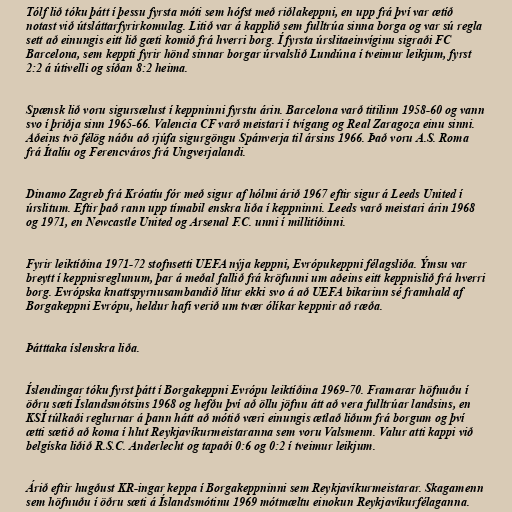
Tólf lið tóku þátt í þessu fyrsta móti sem hófst með riðlakeppni, en upp frá því var ætíð
notast við útsláttarfyrirkomulag. Litið var á kapplið sem fulltrúa sinna borga og var sú regla
sett að einungis eitt lið gæti komið frá hverri borg. Í fyrsta úrslitaeinvíginu sigraði FC
Barcelona, sem keppti fyrir hönd sinnar borgar úrvalslið Lundúna í tveimur leikjum, fyrst
2:2 á útivelli og síðan 8:2 heima.

Spænsk lið voru sigursælust í keppninni fyrstu árin. Barcelona varð titilinn 1958-60 og vann
svo í þriðja sinn 1965-66. Valencia CF varð meistari í tvígang og Real Zaragoza einu sinni.
Aðeins tvö félög náðu að rjúfa sigurgöngu Spánverja til ársins 1966. Það voru A.S. Roma
frá Ítalíu og Ferencváros frá Ungverjalandi.

Dinamo Zagreb frá Króatíu fór með sigur af hólmi árið 1967 eftir sigur á Leeds United í
úrslitum. Eftir það rann upp tímabil enskra liða í keppninni. Leeds varð meistari árin 1968
og 1971, en Newcastle United og Arsenal F.C. unni í millitíðinni.

Fyrir leiktíðina 1971-72 stofnsetti UEFA nýja keppni, Evrópukeppni félagsliða. Ýmsu var
breytt í keppnisreglunum, þar á meðal fallið frá kröfunni um aðeins eitt keppnislið frá hverri
borg. Evrópska knattspyrnusambandið lítur ekki svo á að UEFA bikarinn sé framhald af
Borgakeppni Evrópu, heldur hafi verið um tvær ólíkar keppnir að ræða.

Þátttaka íslenskra liða.

Íslendingar tóku fyrst þátt í Borgakeppni Evrópu leiktíðina 1969-70. Framarar höfnuðu í
öðru sæti Íslandsmótsins 1968 og hefðu því að öllu jöfnu átt að vera fulltrúar landsins, en
KSÍ túlkaði reglurnar á þann hátt að mótið væri einungis ætlað liðum frá borgum og því
ætti sætið að koma í hlut Reykjavíkurmeistaranna sem voru Valsmenn. Valur atti kappi við
belgíska liðið R.S.C. Anderlecht og tapaði 0:6 og 0:2 í tveimur leikjum.

Árið eftir hugðust KR-ingar keppa í Borgakeppninni sem Reykjavíkurmeistarar. Skagamenn
sem höfnuðu í öðru sæti á Íslandsmótinu 1969 mótmæltu einokun Reykjavíkurfélaganna.